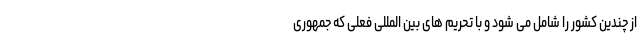
از چندین کشور را شامل می شود و با تحریم های بین المللی فعلی که جمهوری